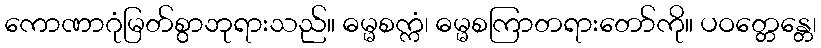
ကောဏာဂုံမြတ်စွာဘုရားသည်။ ဓမ္မစက္ကံ၊ ဓမ္မစကြာတရားတော်ကို။ ပဝတ္တေန္တေ၊